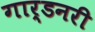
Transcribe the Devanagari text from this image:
गार्डनरी